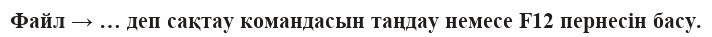
Файл → … деп сақтау командасын таңдау немесе F12 пернесін басу.